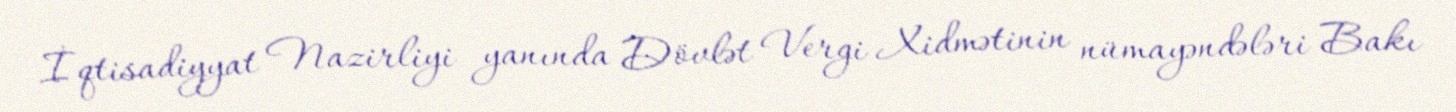
İqtisadiyyat Nazirliyi yanında Dövlət Vergi Xidmətinin nümayəndələri Bakı